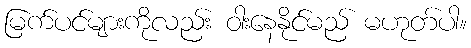
မြက်ပင်များကိုလည်း ဝါးနေနိုင်မည် မဟုတ်ပါ။